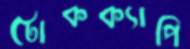
টোকক্যাপি